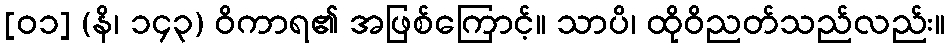
[၀၁] (နိ၊ ၁၄၃) ဝိကာရ၏ အဖြစ်ကြောင့်။ သာပိ၊ ထိုဝိညတ်သည်လည်း။